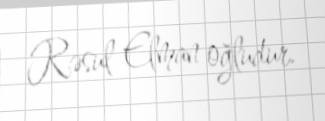
Rəsul Elman oğludur.